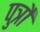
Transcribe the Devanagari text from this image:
पुत्रौ